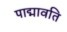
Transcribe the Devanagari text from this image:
पाद्मावति